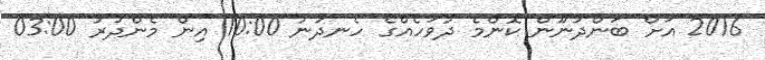
2016 އަށް ބަންދުނޫން ކޮންމެ ދުވަހެއްގެ ހެނދުނު 10:00 އިން މެންދުރު 03:00